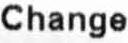
CHANGE